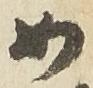
如